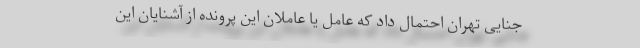
جنایی تهران احتمال داد که عامل یا عاملان این پرونده از آشنایان این